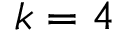
k = 4